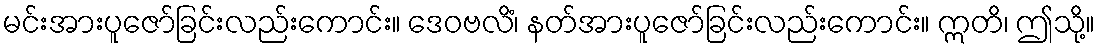
မင်းအားပူဇော်ခြင်းလည်းကောင်း။ ဒေဝဗလိံ၊ နတ်အားပူဇော်ခြင်းလည်းကောင်း။ ဣတိ၊ ဤသို့။